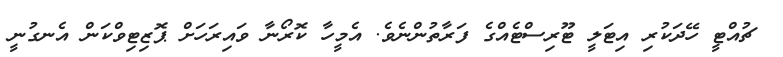
ޗުއްޓީ ހޭދަކުރި އިޓަލީ ޓޫރިސްޓެއްގެ ފަރާތުންނެވެ. އެމީހާ ކޮރޯނާ ވައިރަހަށް ޕޮޒިޓިވްކަން އެނގުނީ